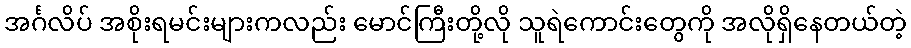
အင်္ဂလိပ် အစိုးရမင်းများကလည်း မောင်ကြီးတို့လို သူရဲကောင်းတွေကို အလိုရှိနေတယ်တဲ့